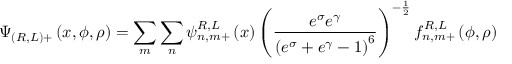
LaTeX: \Psi _ { ( R , L ) + } \left( x , \phi , \rho \right) = \sum _ { m } \sum _ { n } \psi _ { n , m + } ^ { R , L } \left( x \right) \left( \frac { e ^ { \sigma } e ^ { \gamma } } { \left( e ^ { \sigma } + e ^ { \gamma } - 1 \right) ^ { 6 } } \right) ^ { - \frac { 1 } { 2 } } f _ { n , m + } ^ { R , L } \left( \phi , \rho \right)